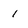
Character: 1